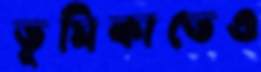
ভূমিকাতেও